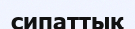
сипаттық